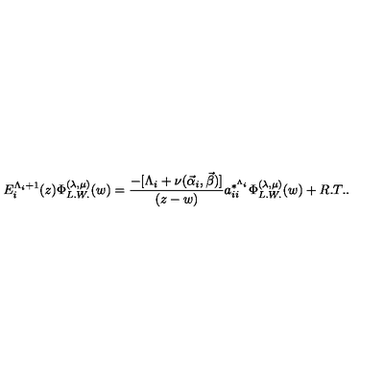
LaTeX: E _ { i } ^ { \Lambda _ { i } + 1 } ( z ) \Phi _ { L . W . } ^ { ( \lambda , \mu ) } ( w ) = \frac { - [ \Lambda _ { i } + \nu ( \vec { \alpha } _ { i } , \vec { \beta } ) ] } { ( z - w ) } a _ { i i } ^ { * ^ { \Lambda _ { i } } } \Phi _ { L . W . } ^ { ( \lambda , \mu ) } ( w ) + R . T . .